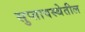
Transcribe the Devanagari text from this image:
सुप्तावस्थेतील